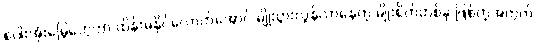
စပါးအုံးမြွေတွေဟာ ထိန်းမနိုင်လောက်အောင် မျိုးပွားလွန်လာနေတဲ့ မျိုးစိတ်တစ်ခု ဖြစ်တဲ့အတွက်